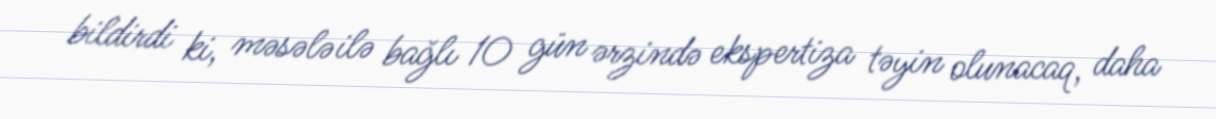
bildirdi ki, məsələ ilə bağlı 10 gün ərzində ekspertiza təyin olunacaq, daha